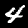
Digit: 4